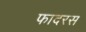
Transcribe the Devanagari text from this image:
फादरस